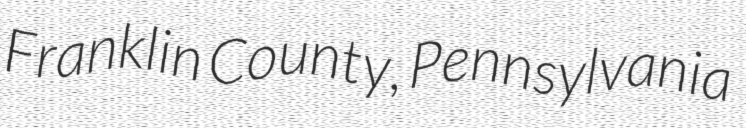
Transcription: Franklin County, Pennsylvania